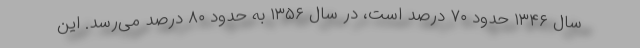
سال ۱۳۴۶ حدود ۷۰ درصد است، در سال ۱۳۵۶ به حدود ۸۰ درصد می‌رسد. این